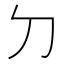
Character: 𠚣